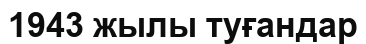
1943 жылы туғандар